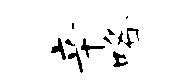
辛咯